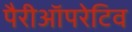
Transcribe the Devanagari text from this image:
पैरीऑपरेटिव